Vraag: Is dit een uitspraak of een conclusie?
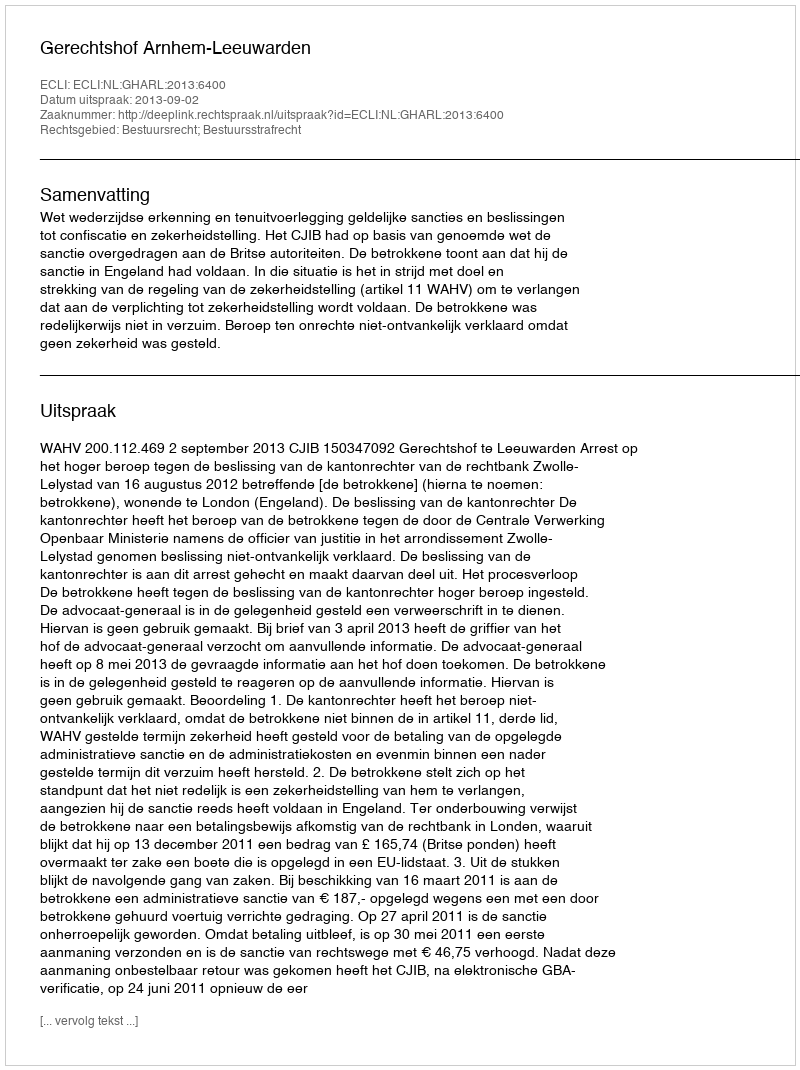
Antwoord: Uitspraak